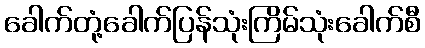
ခေါက်တုံ့ခေါက်ပြန်သုံးကြိမ်သုံးခေါက်စီ